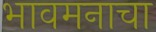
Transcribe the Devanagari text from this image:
भावमनाचा